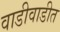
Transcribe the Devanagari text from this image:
वाडीवाडीत